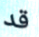
قد